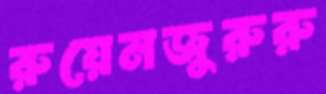
রুয়েনজুরুরু